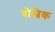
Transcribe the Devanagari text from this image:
बोत्निक